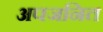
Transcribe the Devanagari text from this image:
अपजनित